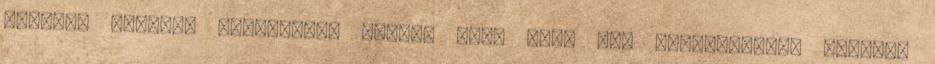
szegedi Csillag börtönben, tudva, hogy soha nem szabadulhat. Közülük